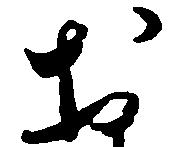
於